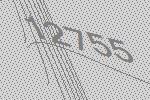
12755